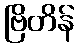
ဗြိတိန်